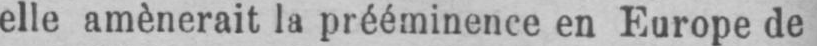
elle amènerait la prééminence en Europe de